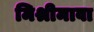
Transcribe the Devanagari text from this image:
मिश्रीमावा